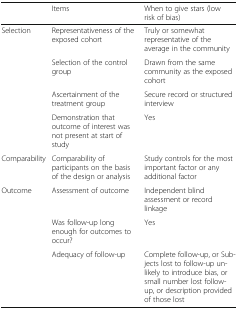
<table><thead><tr><td></td><td><b>Items</b></td><td><b>When to give stars (low risk of bias)</b></td></tr></thead><tbody><tr><td rowspan="4">Selection</td><td>Representativeness of the exposed cohort</td><td>Truly or somewhat representative of the average in the community</td></tr><tr><td>Selection of the control group</td><td>Drawn from the same community as the exposed cohort</td></tr><tr><td>Ascertainment of the treatment group</td><td>Secure record or structured interview</td></tr><tr><td>Demonstration that outcome of interest was not present at start of study</td><td>Yes</td></tr><tr><td>Comparability</td><td>Comparability of participants on the basis of the design or analysis</td><td>Study controls for the most important factor or any additional factor</td></tr><tr><td rowspan="3">Outcome</td><td>Assessment of outcome</td><td>Independent blind assessment or record linkage</td></tr><tr><td>Was follow-up long enough for outcomes to occur?</td><td>Yes</td></tr><tr><td>Adequacy of follow-up</td><td>Complete follow-up, or Subjects lost to follow-up unlikely to introduce bias, or small number lost follow-up, or description provided of those lost</td></tr></tbody></table>